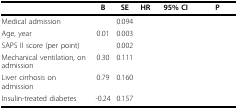
<table><thead><tr><td>[EMPTY_CELL]</td><td><b>B</b></td><td><b>SE</b></td><td><b>HR</b></td><td><b>95% CI</b></td><td><b>P</b></td></tr></thead><tbody><tr><td>Medical admission</td><td>[EMPTY_CELL]</td><td>0.094</td><td>[EMPTY_CELL]</td><td>[EMPTY_CELL]</td><td>[EMPTY_CELL]</td></tr><tr><td>Age, year</td><td>0.01</td><td>0.003</td><td>[EMPTY_CELL]</td><td>[EMPTY_CELL]</td><td>[EMPTY_CELL]</td></tr><tr><td>SAPS II score (per point)</td><td>[EMPTY_CELL]</td><td>0.002</td><td>[EMPTY_CELL]</td><td>[EMPTY_CELL]</td><td>[EMPTY_CELL]</td></tr><tr><td>Mechanical ventilation, on admission</td><td>0.30</td><td>0.111</td><td>[EMPTY_CELL]</td><td>[EMPTY_CELL]</td><td>[EMPTY_CELL]</td></tr><tr><td>Liver cirrhosis on admission</td><td>0.79</td><td>0.160</td><td>[EMPTY_CELL]</td><td>[EMPTY_CELL]</td><td>[EMPTY_CELL]</td></tr><tr><td>Insulin-treated diabetes</td><td>-0.24</td><td>0.157</td><td>[EMPTY_CELL]</td><td>[EMPTY_CELL]</td><td>[EMPTY_CELL]</td></tr></tbody></table>